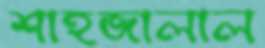
শাহজালাল